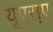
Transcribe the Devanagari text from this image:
यूएस्‌ए